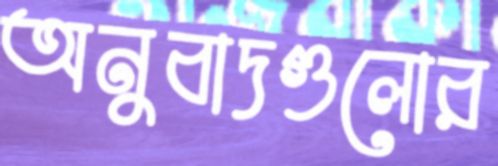
অনুবাদগুলোর